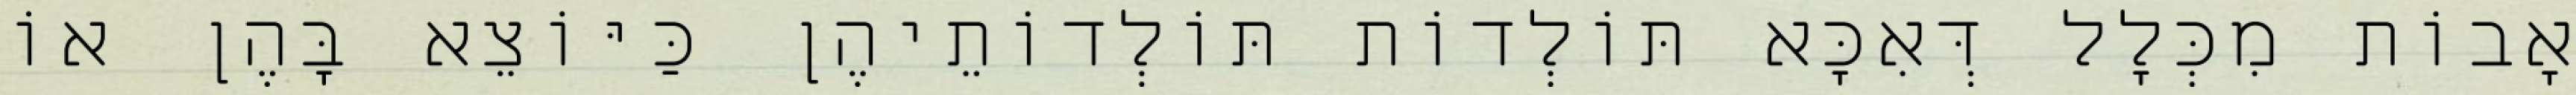
אָבוֹת מִכְּלָל דְּאִכָּא תּוֹלְדוֹת תּוֹלְדוֹתֵיהֶן כַּיּוֹצֵא בָּהֶן אוֹ